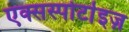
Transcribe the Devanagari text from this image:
एक्सस्पोर्टाइज़